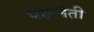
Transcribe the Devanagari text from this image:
पक्षनेती